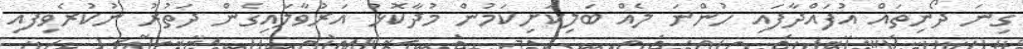
ގިނަ ދޯނިތައް އުފައްދާފައި ހުންނަ ލެއް ބަލިކަށިކަމުން މުދާކޮޅު އަރުވާލައިގެން ދަތުރު ނުކުރެވިފއި